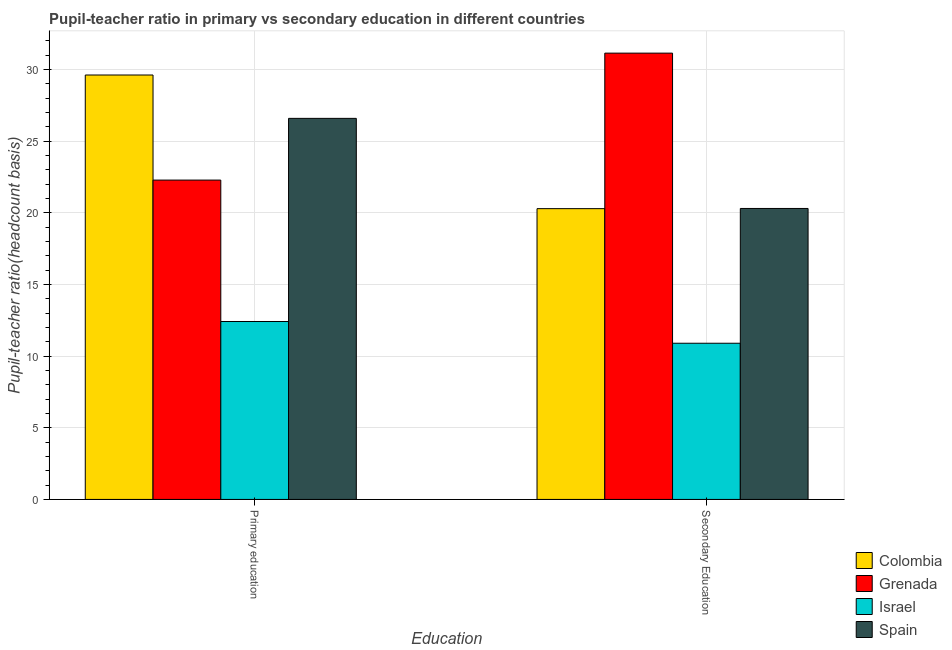
| Education | Colombia | Grenada | Israel | Spain |
 | --- | --- | --- | --- | --- |
 | Primary education | 29.6 | 22.3 | 12.4 | 26.6 |
 | Secondary Education | 20.3 | 31.1 | 10.9 | 20.3 |